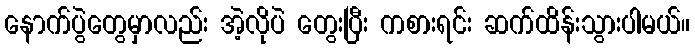
နောက်ပွဲတွေမှာလည်း အဲ့လိုပဲ တွေးပြီး ကစားရင်း ဆက်ထိန်းသွားပါမယ်။